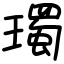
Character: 㻿